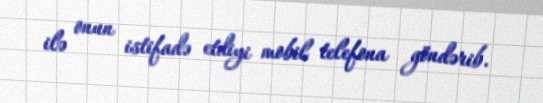
ilə onun istifadə etdiyi mobil telefona göndərib.